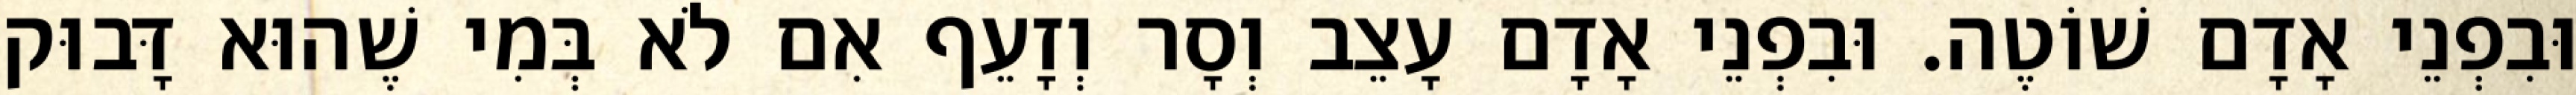
וּבִפְנֵי אָדָם שׁוֹטֶה. וּבִפְנֵי אָדָם עָצֵב וְסָר וְזָעֵף אִם לֹא בְּמִי שֶׁהוּא דָּבוּק